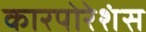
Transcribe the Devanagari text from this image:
कारपोरेशंस